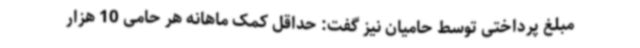
مبلغ پرداختی توسط حامیان نیز گفت: حداقل کمک ماهانه هر حامی 10 هزار